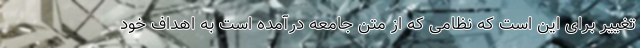
تغییر برای این است که نظامی که از متن جامعه درآمده است به اهداف خود